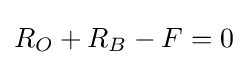
R_{O}+R_{B}-F=0